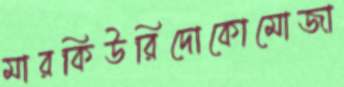
মারকিউরিদোকোমোজা